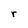
Character: r